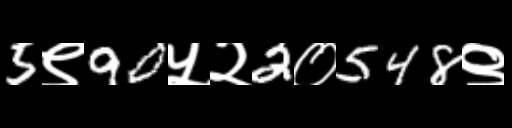
Text: 5९90५२2०548९